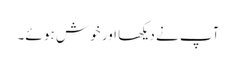
آپ نے دیکھا اور خوش ہو ئے۔